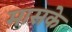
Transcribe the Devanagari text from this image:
मासके